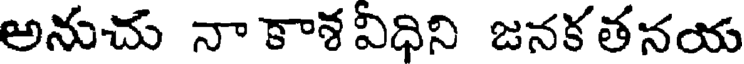
అనుచు నా కాశవీధిని జనకతనయ